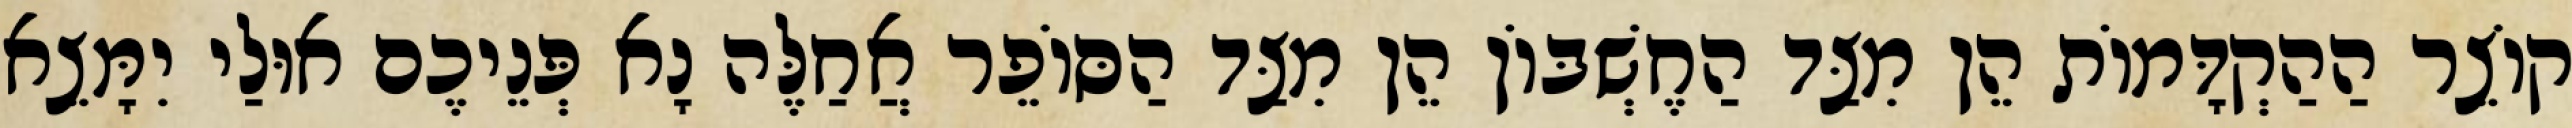
קוֹצֵר הַהַקְדָּמוֹת הֵן מִצַּד הַחֶשְׁבּוֹן הֵן מִצַּד הַסּוֹפֵר אֲחַלֶּה נָא פְּנֵיכֶם אוּלַי יִמָּצֵא